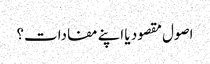
اصول مقصود یا اپنے مفادات؟